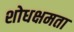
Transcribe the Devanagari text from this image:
शोधक्षमता